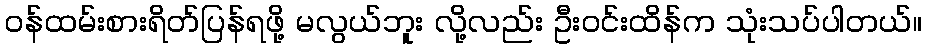
ဝန်ထမ်းစားရိတ်ပြန်ရဖို့ မလွယ်ဘူး လို့လည်း ဦးဝင်းထိန်က သုံးသပ်ပါတယ်။